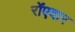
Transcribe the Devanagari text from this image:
रोंएदार